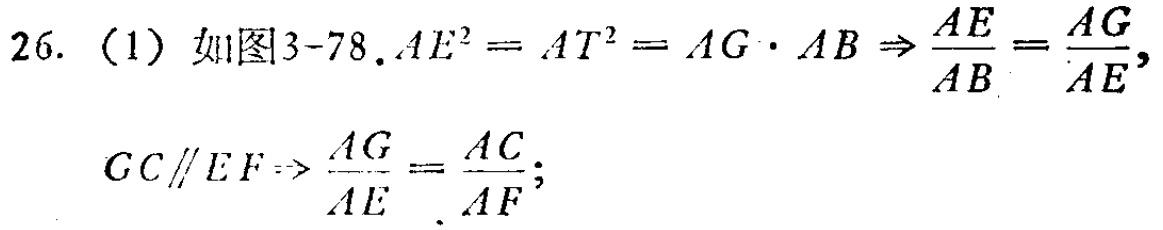
26. （1）如图3-78.$AE^{2}=AT^{2}=AG\cdot AB\Rightarrow \frac{AE}{AB}=\frac{AG}{AE}$,
$GC\parallel EF\Rightarrow \frac{AG}{AE}=\frac{AC}{AF}$;